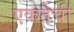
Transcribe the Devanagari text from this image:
एकतेची